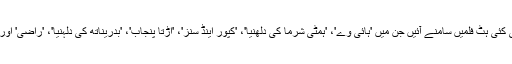
گذشتہ چند سالوں کے دوران ان کی کئی ہٹ فلمیں سامنے آئيں جن میں 'ہائی وے'، 'ہمٹی شرما کی دلھنیا'، 'کپور اینڈ سنز'، 'اڑتا پنجاب'، 'بدریناتھ کی دلہنیا'، 'راضی' اور 'گلی بائے' جیسی فلمیں شامل ہیں۔